Summary of further report on surra
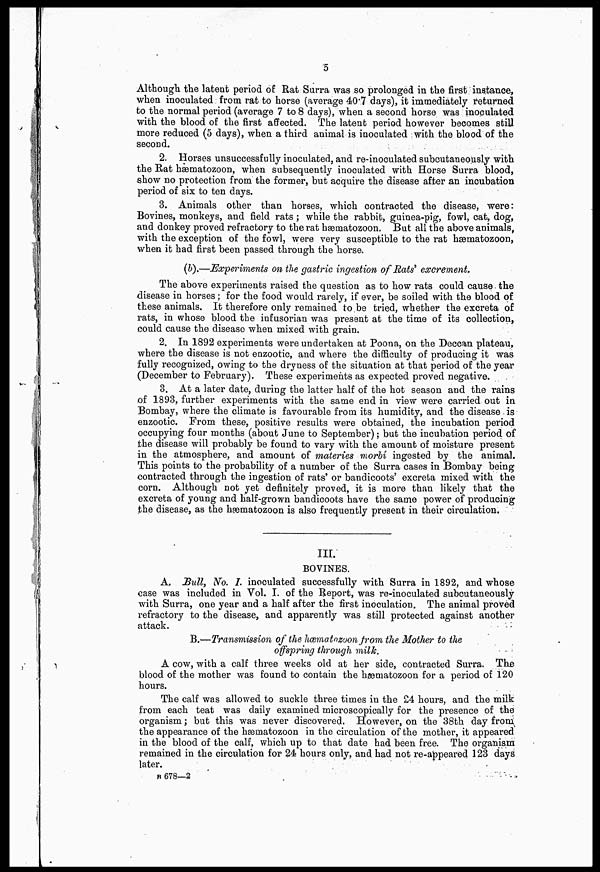
5
Although the latent period of Rat Surra was so prolonged in the first instance,
when inoculated from rat to horse (average 40.7 days), it immediately returned
to the normal period (average 7 to 8 days), when a second horse was inoculated
with the blood of the first affected. The latent period however becomes still
more reduced (5 days), when a third animal is inoculated with the blood of the
second.
2. Horses unsuccessfully inoculated, and re-inoculated subcutaneously with
the Bat hæmatozoon, when subsequently inoculated with Horse Surra blood,
show no protection from the former, but acquire the disease after an incubation
period of six to ten days.
3. Animals other than horses, which contracted the disease, were:
Bovines, monkeys, and field rats; while the rabbit, guinea-pig, fowl, cat, dog,
and donkey proved refractory to the rat hæmatozoon. But all the above animals,
with the exception of the fowl, were very susceptible to the rat hæmatozoon,
when it had first been passed through the horse.
(b).—Experiments on the gastric ingestion of Rats excrement.
The above experiments raised the question as to how rats could cause the
disease in horses; for the food would rarely, if ever, be soiled with the blood of
these animals. It therefore only remained to be tried, whether the excreta of
rats, in whose blood the infusorian was present at the time of its collection,
could cause the disease when mixed with grain.
2. In 1892 experiments were undertaken at Poona, on the Deccan plateau,
where the disease is not enzootic, and where the difficulty of producing it was
fully recognized, owing to the dryness of the situation at that period of the year
(December to February). These experiments as expected proved negative.
3. At a later date, during the latter half of the hot season and the rains
of 1893, further experiments with the same end in view were carried, out in
Bombay, where the climate is favourable from its humidity, and the disease is
enzootic. From these, positive results were obtained, the incubation period
occupying four months (about June to September); but the incubation period of
the disease will probably be found to vary with the amount of moisture present
in the atmosphere, and amount of materies morbi ingested by the animal.
This points to the probability of a number of the Surra cases in Bombay being
contracted through the ingestion of rats' or bandicoots' excreta mixed with the
corn. Although not yet definitely proved, it is more than likely that the
excreta of young and half-grown bandicoots have the same power of producing
the disease, as the hæmatozoon is also frequently present in their circulation.
III.
BOVINES.
A, Bull, No. I. inoculated successfully with Surra in 1892, and whose
case was included in Vol. I. of the Report, was re-inoculated subcutaneously
with Surra, one year and a half after the first inoculation. The animal proved
refractory to the disease, and apparently was still protected against another
attack.
B.—Transmission of the hæmatnzoon from the Mother to the
offspring through milk,
A cow, with a calf three weeks old at her side, contracted Surra. The
blood of the mother was found to contain the hæmatozoon for a period of 120
hours.
The calf was allowed to suckle three times in the 24 hours, and the milk
from each teat was daily examined microscopically for the presence of the
organism; but this was never discovered. However, on the 38th day from
the appearance of the hasuiatozoon in the circulation of the mother, it appeared
in the blood of the calf, which up to that date had been free. The organism
remained in the circulation for 24 hours only, and had not re-appeared 123 days
later.
B 678—2